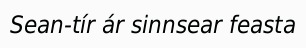
Sean-tír ár sinnsear feasta